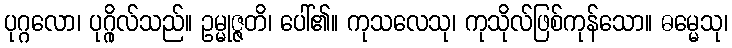
ပုဂ္ဂလော၊ ပုဂ္ဂိုလ်သည်။ ဥမ္မုဇ္ဇတိ၊ ပေါ်၏။ ကုသလေသု၊ ကုသိုလ်ဖြစ်ကုန်သော။ ဓမ္မေသု၊